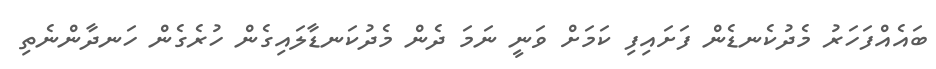
ބައެއްފަހަރު މެދުކެނޑެން ފަށައިފި ކަމަށް ވަނީ ނަމަ ދެން މެދުކަނޑާލައިގެން ހުރެގެން ހަނދާންނެތި